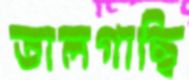
তালগাছি